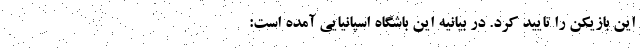
این بازیکن را تایید کرد. در بیانیه این باشگاه اسپانیایی آمده است: